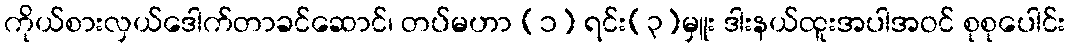
ကိုယ်စားလှယ်ဒေါက်တာခင်ဆောင်၊ တပ်မဟာ (၁) ရင်း(၃)မှူး ဒါးနယ်ထူးအပါအဝင် စုစုပေါင်း